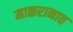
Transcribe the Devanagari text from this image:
माळरानात